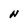
Character: N